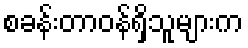
စခန်းတာဝန်ရှိသူများက